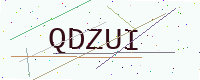
Text: QDZUI